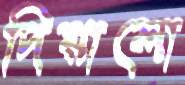
দিয়ালো